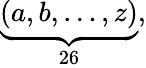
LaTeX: \textstyle\underbrace{(a,b,\ldots,z)}_{26},